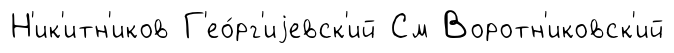
Н'ик'итн'иков Г'ео́рг'иjевск'ий См Воротн'иковск'ий